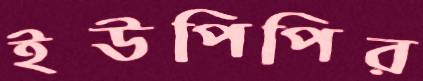
ইউপিপির